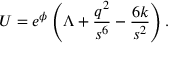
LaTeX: U = e ^ { \phi } \left( \Lambda + \frac { q ^ { 2 } } { s ^ { 6 } } - \frac { 6 k } { s ^ { 2 } } \right) .